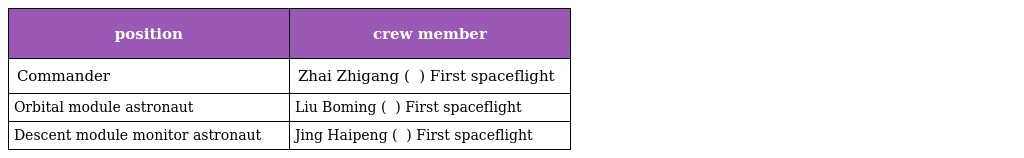
| position | crew member |
 | --- | --- |
 | Commander | Zhai Zhigang ( 翟志刚 ) First spaceflight |
 | Orbital module astronaut | Liu Boming ( 刘伯明 ) First spaceflight |
 | Descent module monitor astronaut | Jing Haipeng ( 景海鹏 ) First spaceflight |